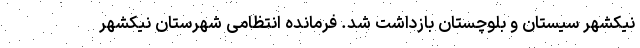
نیکشهر سیستان و بلوچستان بازداشت شد. فرمانده انتظامی شهرستان نیکشهر